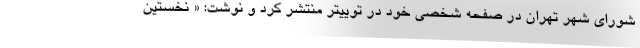
شورای شهر تهران در صفحه شخصی خود در توییتر منتشر کرد و نوشت: « نخستین